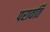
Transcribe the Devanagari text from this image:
परावर्ति